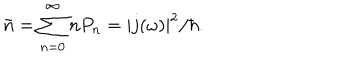
LaTeX: \bar { n } = \sum _ { n = 0 } ^ { \infty } n P _ { n } = | j ( \omega ) | ^ { 2 } / \hbar .